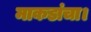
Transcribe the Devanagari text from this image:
माकडांचा।